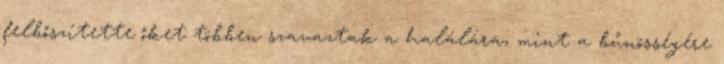
felbőszítette őket többen szavaztak a halálára, mint a bűnösségére